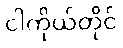
ငါကိုယ်တိုင်